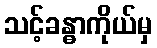
သင့်ခန္ဓာကိုယ်မှ